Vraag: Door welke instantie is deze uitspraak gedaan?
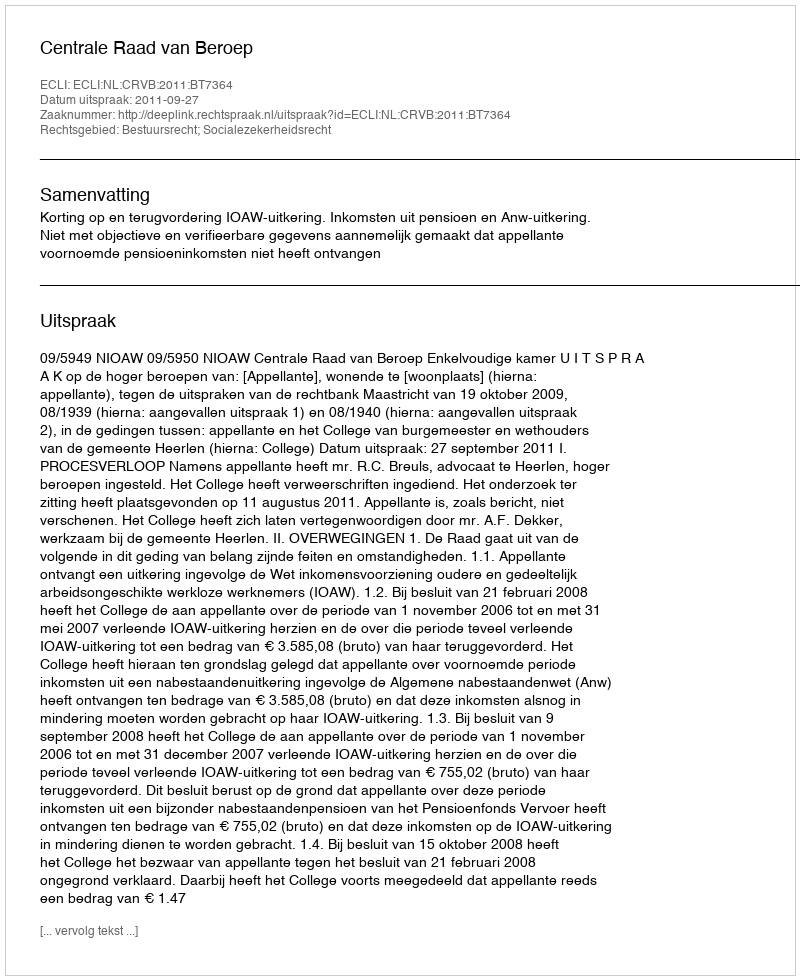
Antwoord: Centrale Raad van Beroep